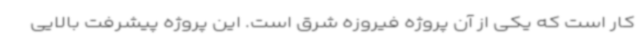
کار است که یکی از آن پروژه فیروزه شرق است. این پروژه پیشرفت بالایی